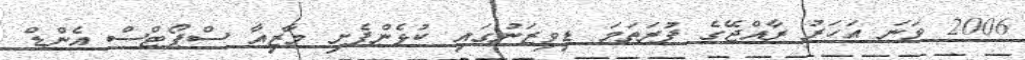
2006 ވަނަ އަހަރު ރާއްޖޭގެ ފުރަތަމަ ޑިވިޒަނުގައި ކުޅެންފެށި މާޒިއާ ސްޕޯޓްސް އެންޑް